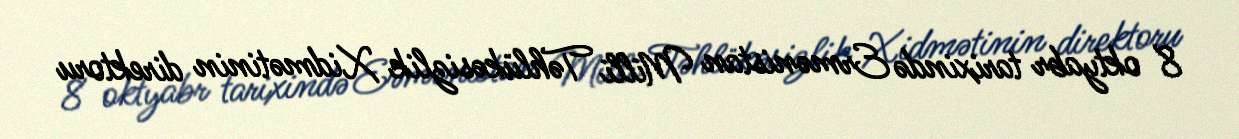
8 oktyabr tarixində Ermənistan Milli Təhlükəsizlik Xidmətinin direktoru